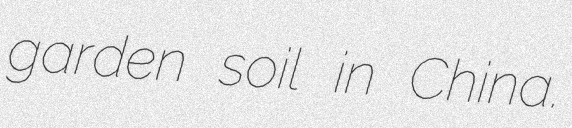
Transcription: garden soil in China.